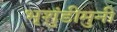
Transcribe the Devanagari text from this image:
भृशुंडीमुनी